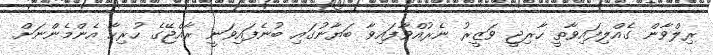
ރިލްވާން ގެއްލިފައިވާތީ ހާރިޖީ ވަޒީރު ނެރުއްވާފައިވާ ބަޔާނުގައި ބުނެފައިވަނީ ރާއްޖޭގެ ހުރިހާ އެންމެންނަށް